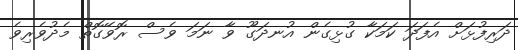
ދަރިފުޅަށް އެފަދަ ކަމަކާ ގުޅިގެން އުނދަގޫ ވާ ނަމަ ވެސް ރޮވޭގޮތް މެދުވެރިވެ